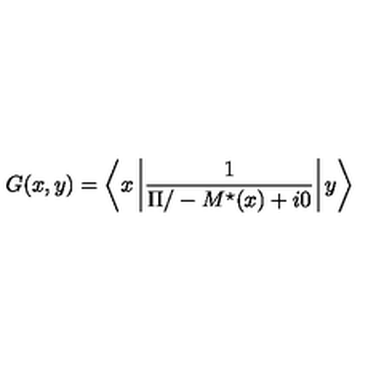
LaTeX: G ( x , y ) = \left< x \left| \frac { 1 } { { \Pi / } - M ^ { \star } ( x ) + i 0 } \right| y \right>